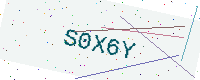
Text: S0X6Y